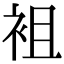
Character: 袓